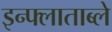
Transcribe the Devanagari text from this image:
इन्फ्लाताब्ले